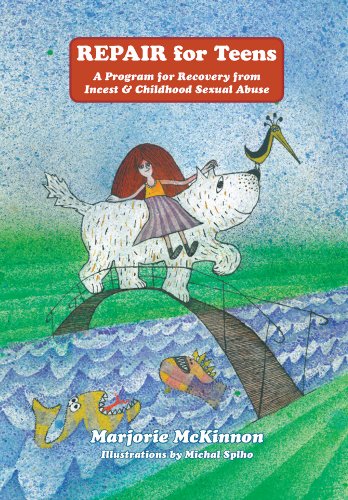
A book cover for REPAIR For Teens: A Program for Recovery from Incest & Childhood Sexual Abuse (The Lamplighters Book 5); Marjorie McKinnon; Teen & Young Adult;